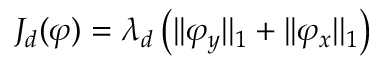
J _ { d } ( \varphi ) = \lambda _ { d } \left( | | \varphi _ { y } | | _ { 1 } + | | \varphi _ { x } | | _ { 1 } \right)